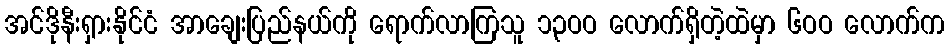
အင်ဒိုနီးရှားနိုင်ငံ အာချေးပြည်နယ်ကို ရောက်လာကြသူ ၁၃ဝဝ လောက်ရှိတဲ့ထဲမှာ ၆ဝဝ လောက်က